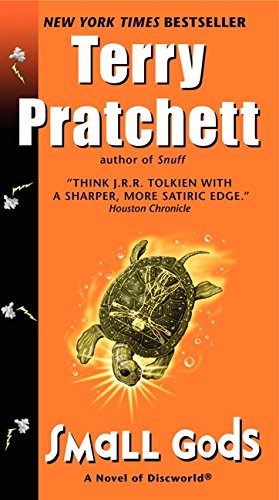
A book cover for Small Gods (Discworld); Terry Pratchett; Science Fiction & Fantasy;